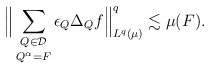
\begin{align*}\Big\| \mathop{\sum_{Q \in \mathcal{D}}}_{Q^\alpha = F} \epsilon_Q \Delta_Q f \Big\|^q_{L^q(\mu)} \lesssim \mu(F).\end{align*}